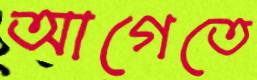
আগেতে